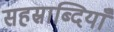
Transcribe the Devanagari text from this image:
सहस्राब्दियाँ